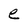
Character: e